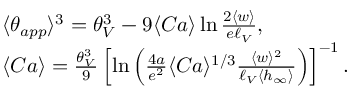
\begin{array} { r l } & { \langle \theta _ { a p p } \rangle ^ { 3 } = \theta _ { V } ^ { 3 } - 9 \langle C a \rangle \ln \frac { 2 \langle w \rangle } { e \ell _ { V } } , } \\ & { \langle C a \rangle = \frac { \theta _ { V } ^ { 3 } } { 9 } \left[ \ln \left( \frac { 4 a } { e ^ { 2 } } \langle C a \rangle ^ { 1 / 3 } \frac { \langle w \rangle ^ { 2 } } { \ell _ { V } \langle h _ { \infty } \rangle } \right) \right] ^ { - 1 } . } \end{array}